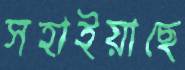
সহাইয়াছে